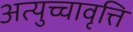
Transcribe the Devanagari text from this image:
अत्युच्चावृत्ति